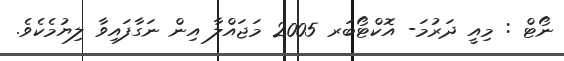
ނޯޓް : މިއީ ދަރުމަ- އޮކްޓޯބަރ 2005 މަޖައްލާ އިން ނަގާފައިވާ ލިޔުމެކެވެ.